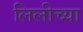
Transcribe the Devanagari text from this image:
लिलीच्या